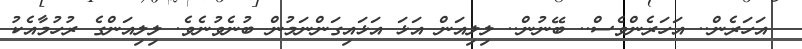
އަހަރެން.. އަހަރެންވެސް.. ބޭނުން.. ލިލިއަން އަޅަ އަޅައިގަންނަމުން ބުނެވުނެވެ. ލިލިއަންގެ ރުހުމާއެކު